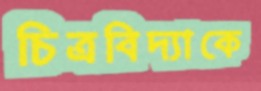
চিত্রবিদ্যাকে